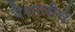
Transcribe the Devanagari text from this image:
वैशालीचे